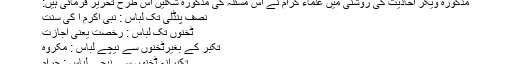
ابو داؤد
مذکورہ ویگر احادیث کی روشنی میں علماء کرام نے اس مسئلہ کی مذکورہ شکلیں اس طرح تحریر فرمائی ہیں:
نصف پنڈلی تک لباس : نبی اکرم ا کی سنت
ٹخنوں تک لباس : رخصت یعنی اجازت
تکبر کے بغیرٹخنوں سے نیچے لباس : مکروہ
تکبرانہ ٹخنوں سے نیچے لباس : حرام
عورتوں کا لباس ٹخنوں سے نیچا ہونا چاہئے۔